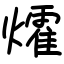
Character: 㸌